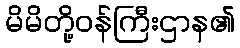
မိမိတို့ဝန်ကြီးဌာန၏